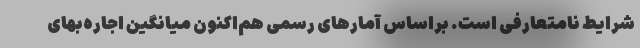
شرایط نامتعارفی است. براساس آمارهای رسمی هم‌اکنون میانگین اجاره‌بهای